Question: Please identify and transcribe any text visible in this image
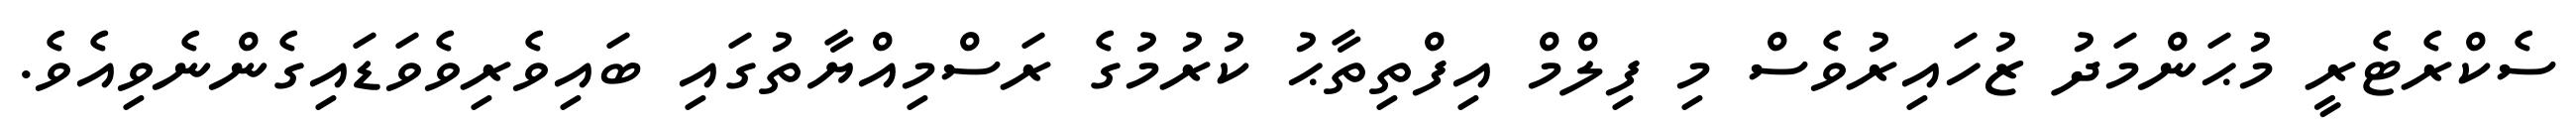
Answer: ސެކްރެޓެރީ މުޙަންމަދު ޒުހައިރުވެސް މި ފިލްމް އިފްތިތާޙު ކުރުމުގެ ރަސްމިއްޔާތުގައި ބައިވެރިވެވަޑައިގެންނެވިއެވެ.